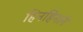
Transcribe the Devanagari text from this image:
हिनहिनाने